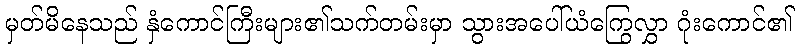
မှတ်မိနေသည် နှံကောင်ကြီးများ၏သက်တမ်းမှာ သွားအပေါ်ယံကြွေလွှာ ဂုံးကောင်၏